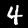
Digit: 4